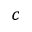
^ { c }